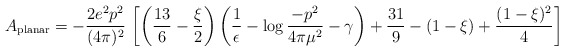
\begin{align*}A_{\rm planar} = - {2e^{2}p^{2}\over (4\pi)^{2}}\,\left[\left({13\over6} - {\xi\over 2}\right) \left({1\over \epsilon} - \log {-p^{2}\over4\pi \mu^{2}} - \gamma\right) + {31\over 9} - (1-\xi) +{(1-\xi)^{2}\over 4}\right]\end{align*}